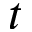
t